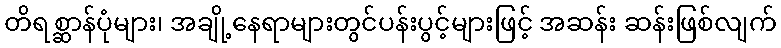
တိရစ္ဆာန်ပုံများ၊ အချို့နေရာများတွင်ပန်းပွင့်များဖြင့် အဆန်း ဆန်းဖြစ်လျက်